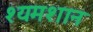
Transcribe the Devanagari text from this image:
श्यमशान